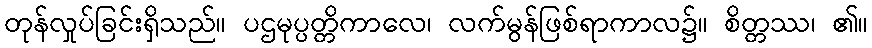
တုန်လှုပ်ခြင်းရှိသည်။ ပဌမုပ္ပတ္တိကာလေ၊ လက်မွန်ဖြစ်ရာကာလ၌။ စိတ္တဿ၊ ၏။